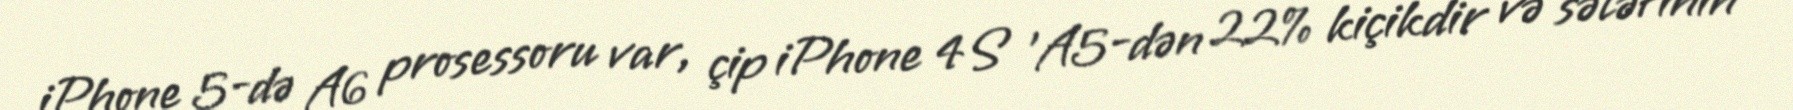
iPhone 5-də A6 prosessoru var, çip iPhone 4S 'A5-dən 22% kiçikdir və sələfinin